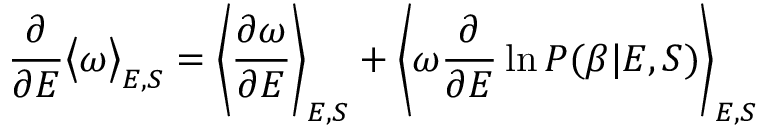
\frac { \partial } { \partial E } \big < \omega \big > _ { E , S } = \left< \frac { \partial \omega } { \partial E } \right> _ { E , S } + \left< \omega \frac { \partial } { \partial E } \ln P ( \beta | E , S ) \right> _ { E , S }